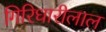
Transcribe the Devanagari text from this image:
गिरिधारीलाल